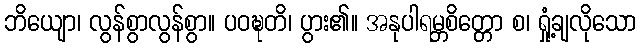
ဘိယျော၊ လွန်စွာလွန်စွာ။ ပဝဍ္ဎတိ၊ ပွား၏။ အနုပါရမ္ဘစိတ္တော စ၊ ရှုံ့ချလိုသော